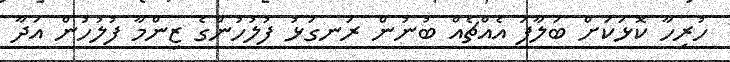
ހުރިހާ ކޮޅަކަށް ބަލާފަ އެއްޗެއް ބުނުން ރަނގަޅު ފުލުހުންގެ ޒިންމާ ފުލުހުން އަދާ